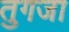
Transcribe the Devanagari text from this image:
तुगजा